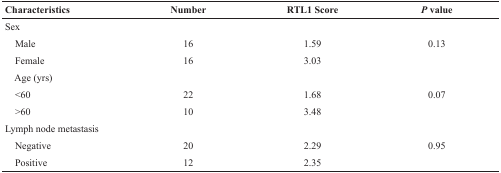
| Characteristics | Number | RTL1 Score | P value |
 | --- | --- | --- | --- |
 | Sex |  |  |  |
 | Male | 16 | 1.59 | 0.13 |
 | Female | 16 | 3.03 |  |
 | Age (yrs) |  |  |  |
 | <60 | 22 | 1.68 | 0.07 |
 | >60 | 10 | 3.48 |  |
 | Lymph node metastasis |  |  |  |
 | Negative | 20 | 2.29 | 0.95 |
 | Positive | 12 | 2.35 |  |